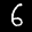
Label: 6